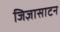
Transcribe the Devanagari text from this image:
जिज्ञासाटन